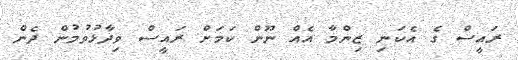
ރައީސް ގެ އެކަނި ޒިންމާ އެއް ނޫން ކަމަށް ރައީސް ވިދާޅުވުމުން ދެން